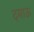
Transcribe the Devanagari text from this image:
दमाऊ